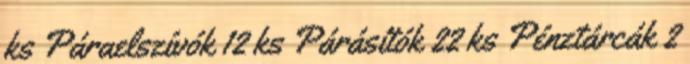
ks Páraelszívók 12 ks Párásítók 22 ks Pénztárcák 2